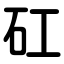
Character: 矼